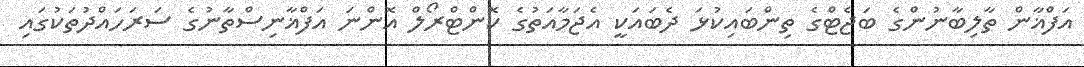
އަފްޣާން ތާލިބާނުންގެ ބަޖެޓްގެ ތިންބައިކުޅަ ދެބައަކީ އެޖަމާއަތުގެ ކޮންޓްރޯލް އޮންނަ އަފްޣާނިސްތާނުގެ ސަރަހައްދުތަކުގައި